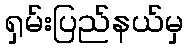
ရှမ်းပြည်နယ်မှ